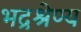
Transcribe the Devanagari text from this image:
भद्रश्रेण्य